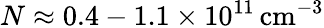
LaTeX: N\approx\mathrm{0.4-1.1\times 10^{11}\, cm^{-3}}